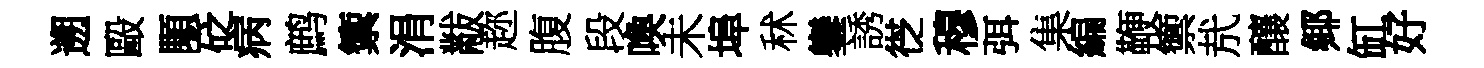
遡毆顒砭病鹧籞涓黻趂腹段喚未埠秫鑾誘徔穆弭集編鞭籞㢤釀鄊缸好